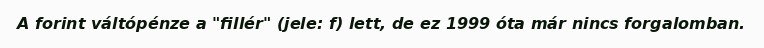
A forint váltópénze a "fillér" (jele: f) lett, de ez 1999 óta már nincs forgalomban.